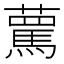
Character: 𧁦